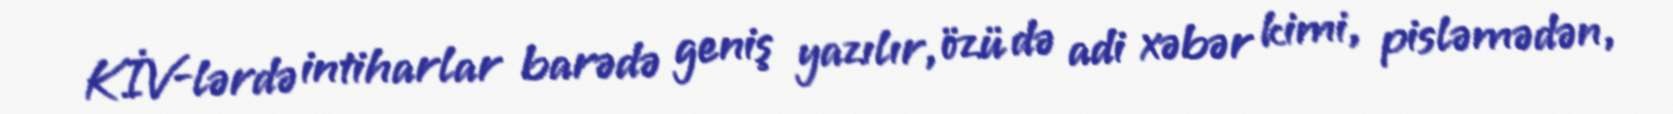
KİV-lərdə intiharlar barədə geniş yazılır, özü də adi xəbər kimi, pisləmədən,